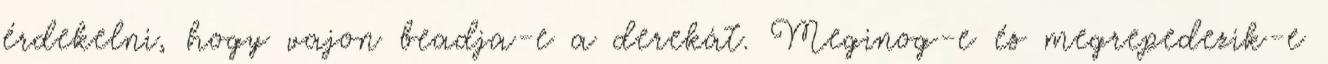
érdekelni, hogy vajon beadja-e a derekát. Meginog-e és megrepedezik-e